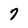
Character: 7